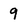
Character: 9